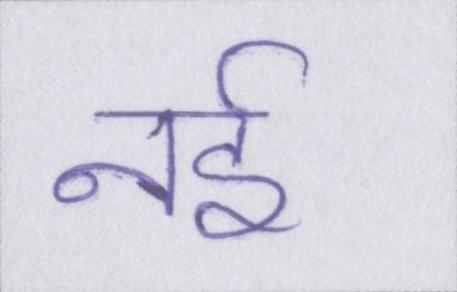
नई